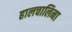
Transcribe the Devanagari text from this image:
हालचालिना